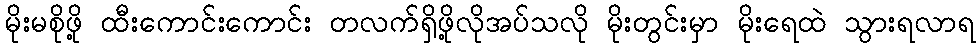
မိုးမစိုဖို့ ထီးကောင်းကောင်း တလက်ရှိဖို့လိုအပ်သလို မိုးတွင်းမှာ မိုးရေထဲ သွားရလာရ